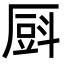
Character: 㕏